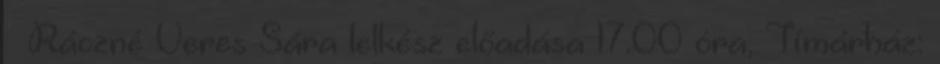
– Ráczné Veres Sára lelkész előadása 17.00 óra, Tímárház: